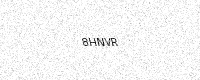
Text: 8HNVR